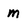
Character: m